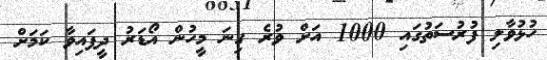
ހުޅުވާލި ފުރުސަތުގައި 1000 އަށް ވުރެ ގިނަ މީހުން އޯޑަރު ދީފައިވާ ކަމަށް